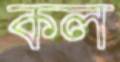
কল